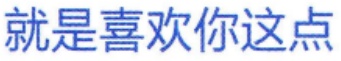
就是喜欢你这点